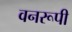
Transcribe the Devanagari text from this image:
वनरूपी